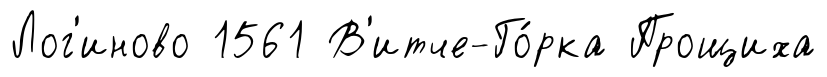
Лог'иново 1561 В'итче-Го́рка Прощиха